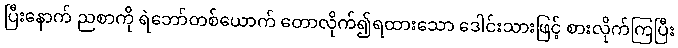
ပြီးနောက် ညစာကို ရဲဘော်တစ်ယောက် တောလိုက်၍ရထားသော ဒေါင်းသားဖြင့် စားလိုက်ကြပြီး